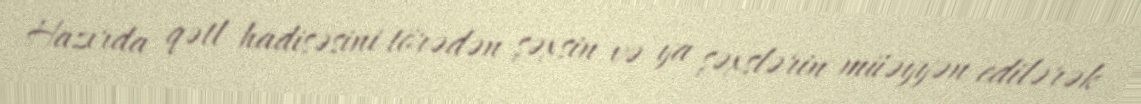
Hazırda qətl hadisəsini törədən şəxsin və ya şəxslərin müəyyən edilərək